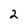
Character: 2